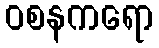
ဝစနကရော